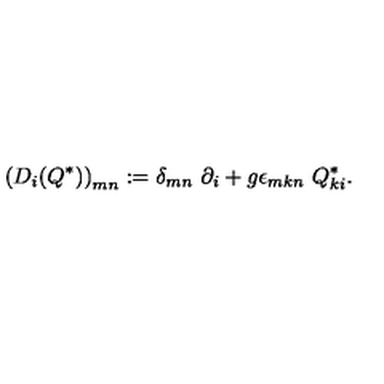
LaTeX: \left( D _ { i } ( Q ^ { \ast } ) \right) _ { m n } : = \delta _ { m n } \ \partial _ { i } + g \epsilon _ { m k n } \ Q _ { k i } ^ { \ast } .